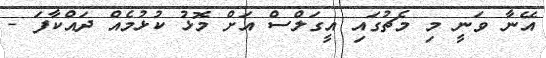
އޭނާ ވަނީ މި މެޗުގައި އީގަލްސް އަށް މޮޅު ކުޅުމެއް ދައްކާފަ -